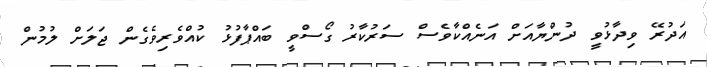
އަދުރޭ ވިދާޅުވީ ދުންޔާއަށް އަނެއްކާވެސް ސަރުކާރު ގޯސްވީ ބައްޕާފުޅު ކުއްވެރިވެގެން ޖަލަށް ލުމުން